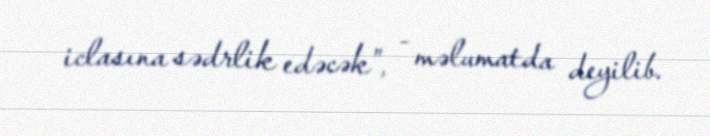
iclasına sədrlik edəcək”, - məlumatda deyilib.